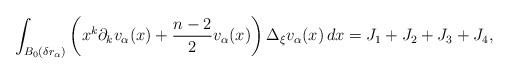
LaTeX: \begin{align*}\int_{B_0(\delta r_\alpha)}\left(x^k\partial_k v_\alpha(x)+\frac{n-2}{2}v_\alpha(x) \right)\Delta_\xi v_\alpha(x)\,dx=J_1+J_2+J_3+J_4,\end{align*}